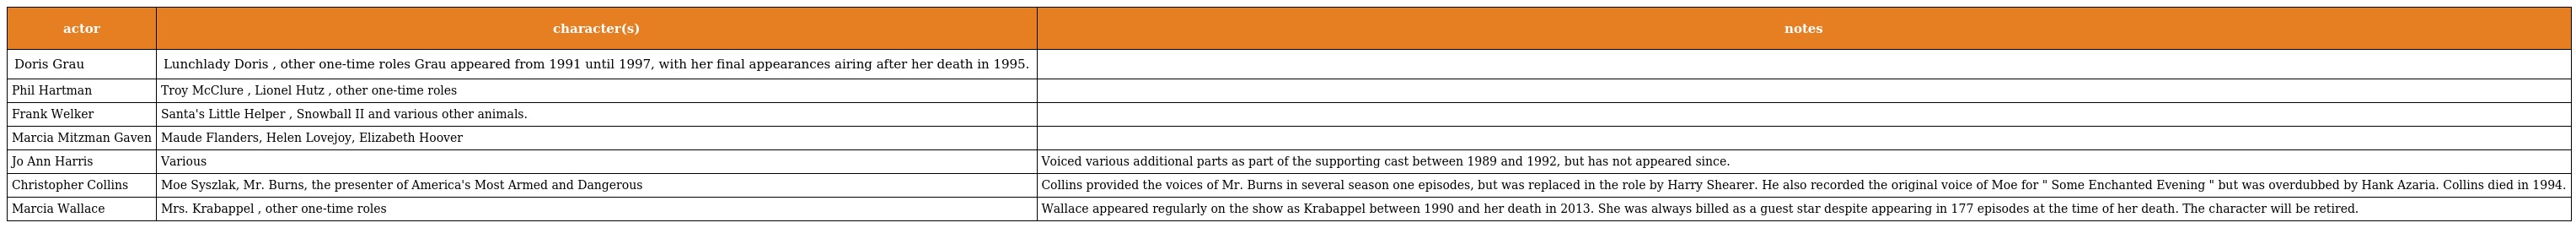
| actor | character(s) | notes |
 | --- | --- | --- |
 | Doris Grau | Lunchlady Doris , other one-time roles Grau appeared from 1991 until 1997, with her final appearances airing after her death in 1995. |  |
 | Phil Hartman | Troy McClure , Lionel Hutz , other one-time roles |  |
 | Frank Welker | Santa's Little Helper , Snowball II and various other animals. |  |
 | Marcia Mitzman Gaven | Maude Flanders, Helen Lovejoy, Elizabeth Hoover |  |
 | Jo Ann Harris | Various | Voiced various additional parts as part of the supporting cast between 1989 and 1992, but has not appeared since. |
 | Christopher Collins | Moe Syszlak, Mr. Burns, the presenter of America's Most Armed and Dangerous | Collins provided the voices of Mr. Burns in several season one episodes, but was replaced in the role by Harry Shearer. He also recorded the original voice of Moe for " Some Enchanted Evening " but was overdubbed by Hank Azaria. Collins died in 1994. |
 | Marcia Wallace | Mrs. Krabappel , other one-time roles | Wallace appeared regularly on the show as Krabappel between 1990 and her death in 2013. She was always billed as a guest star despite appearing in 177 episodes at the time of her death. The character will be retired. |